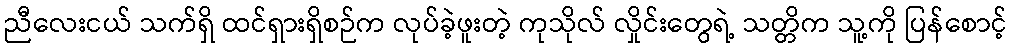
ညီလေးငယ် သက်ရှိ ထင်ရှားရှိစဉ်က လုပ်ခဲ့ဖူးတဲ့ ကုသိုလ် လှိုင်းတွေရဲ့ သတ္တိက သူ့ကို ပြန်စောင့်